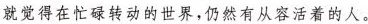
就觉得在忙碌转动的世界，仍然有从容活着的人。